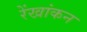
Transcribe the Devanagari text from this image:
रेंखांकन